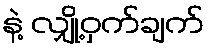
နဲ့ လျှို့ဝှက်ချက်